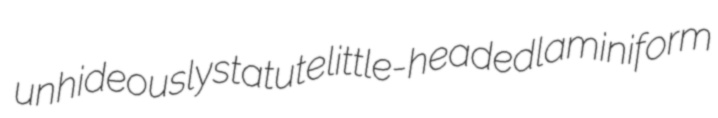
unhideously statute little-headed laminiform